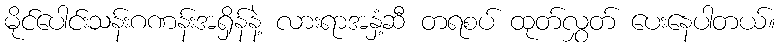
မိုင်ပေါင်းသန်းဂဏန်းအရှိန်နဲ့ လားရာအနှံ့ဆီ တရစပ် ထုတ်လွှတ် ပေးနေပါတယ်။